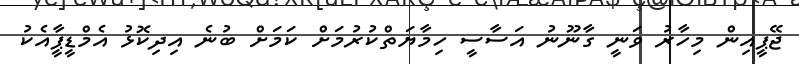
ޖޭޕީއިން މިހާރު ވަނީ ގާނޫނު އަސާސީ ހިމާޔަތްކުރުމަށް ކަމަށް ބުނެ އިދިކޮޅު އެމްޑީޕީާއެކު